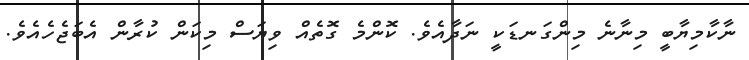
ނާކާމިޔާބީ މިނާނެ މިންގަނޑަކީ ނަދާއެވެ. ކޮންމެ ގޮތެއް ވިޔަސް މިކަން ކުރާން އެބަޖެހެއެވެ.